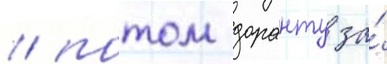
/ потом доранту за́